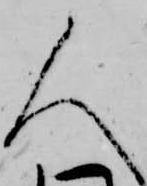
人